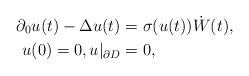
LaTeX: \begin{align*} \partial_0 u(t) - \Delta u(t) & = \sigma(u(t))\dot W(t), \\ u(0)=0, u|_{\partial D} & =0,\end{align*}